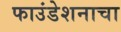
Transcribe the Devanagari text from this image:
फाउंडेशनाचा